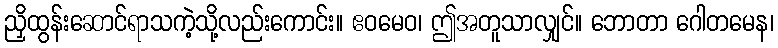
ညှိထွန်းဆောင်ရာသကဲ့သို့လည်းကောင်း။ ဧဝမေဝ၊ ဤအတူသာလျှင်။ ဘောတာ ဂေါတမေန၊